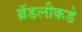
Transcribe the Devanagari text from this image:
ब्रॅडलीकडे